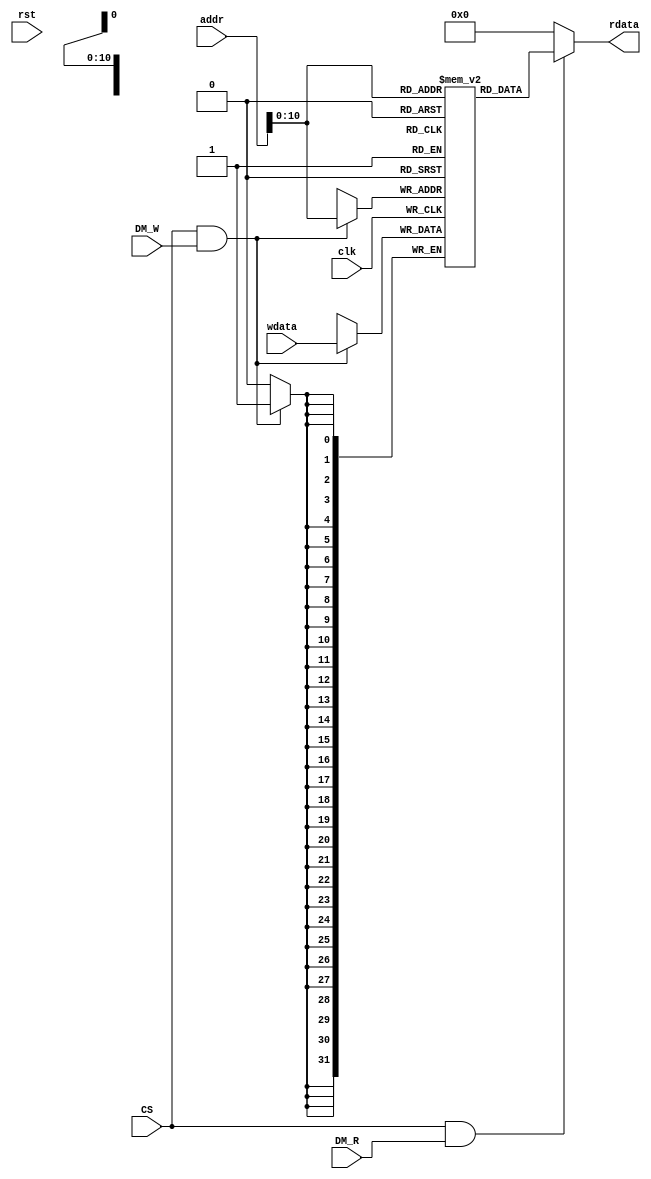
`timescale 1ns / 1ps
//////////////////////////////////////////////////////////////////////////////////
// Company: 
// Engineer: 
// 
// Design Name: 
// Module Name: dmem
// Project Name: 
// Target Devices: 
// Tool Versions: 
// Description: 
// 
// Dependencies: 
// 
// Revision:
// Revision 0.01 - File Created
// Additional Comments:
// 
//////////////////////////////////////////////////////////////////////////////////


module dmem(
    input clk,
    input rst,
    input CS,
    input DM_W,
    input DM_R,
    input [31:0] addr,
    input [31:0] wdata,

    output [31:0] rdata
    );

    reg [31:0] RAM [2047:0];
    // assign rdata = (CS & DM_R) ? RAM[addr[31:2]]:32'h0;
    assign rdata = (CS & DM_R) ? RAM[addr]:32'h0;

    always @(posedge clk) begin
        if(CS & DM_W)
            // RAM[addr[31:2]] <= wdata; 
            RAM[addr] <= wdata; 
    end
endmodule